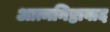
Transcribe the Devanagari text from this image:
आत्मनिष्ठावाद